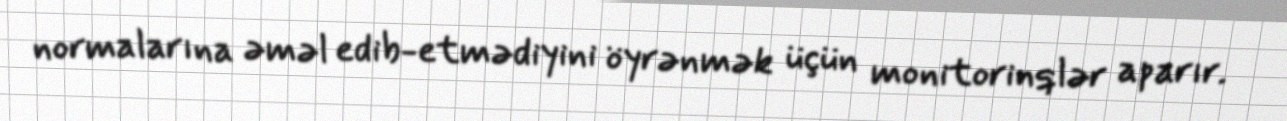
normalarına əməl edib-etmədiyini öyrənmək üçün monitorinqlər aparır.